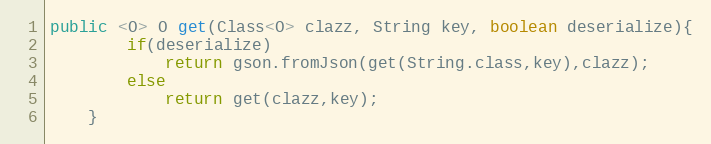
Language: Java
public <O> O get(Class<O> clazz, String key, boolean deserialize){
        if(deserialize)
            return gson.fromJson(get(String.class,key),clazz);
        else
            return get(clazz,key);
    }